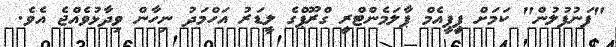
"ފަނުފުލުން" ކަމަށް ޕީިޕީއެމް ޕާލަމެންޓްރީ ގްރޫޕްގެ ލީޑަރު އަހްމަދު ނިހާން ވިދާޅުވެއްޖެ އެވެ.